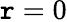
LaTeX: \mathtt{r}=0